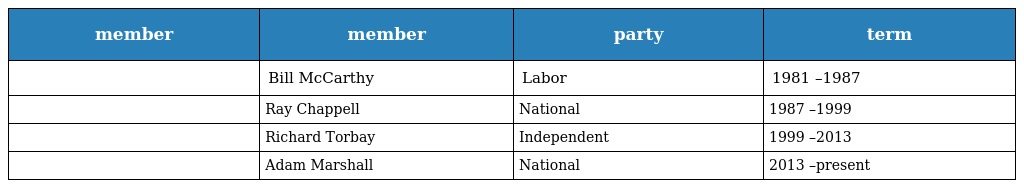
| member | member | party | term |
 | --- | --- | --- | --- |
 |  | Bill McCarthy | Labor | 1981 –1987 |
 |  | Ray Chappell | National | 1987 –1999 |
 |  | Richard Torbay | Independent | 1999 –2013 |
 |  | Adam Marshall | National | 2013 –present |